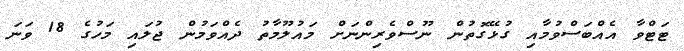
ޓަޓްވާ އެއްބަސްވުމާއި ގުޅޭގޮތުން ނޫސްވެރިންނަށް މައުލޫމާތު ދެއްވަމުން ޖުލައި މަހުގެ 18 ވަނަ